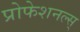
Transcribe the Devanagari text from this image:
प्रोफेशनल्स्